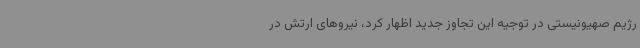
رژیم صهیونیستی در توجیه این تجاوز جدید اظهار کرد، نیروهای ارتش در